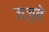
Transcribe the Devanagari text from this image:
जज़्बे